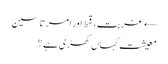
← غربت، قحط اور امرتا سین
معیشت کہاں کھڑی ہے؟